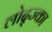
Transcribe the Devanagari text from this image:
लोद्ज्का